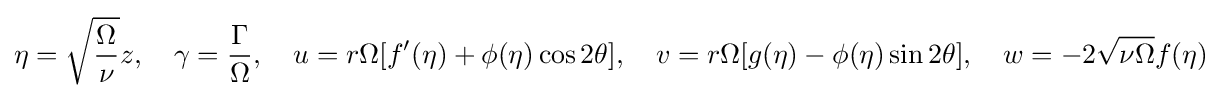
\eta ={\sqrt {\frac {\Omega }{\nu }}}z,\quad \gamma ={\frac {\Gamma }{\Omega }},\quad u=r\Omega [f'(\eta )+\phi (\eta )\cos 2\theta ],\quad v=r\Omega [g(\eta )-\phi (\eta )\sin 2\theta ],\quad w=-2{\sqrt {\nu \Omega }}f(\eta )